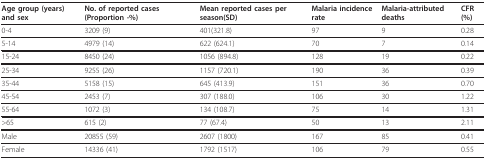
| Age group (years) and sex | No. of reported cases (Proportion -%) | Mean reported cases per season(SD) | Malaria incidence rate | Malaria-attributed deaths | CFR (%) |
 | --- | --- | --- | --- | --- | --- |
 | 0-4 | 3209 (9) | 401(321.8) | 97 | 9 | 0.28 |
 | 5-14 | 4979 (14) | 622 (624.1) | 70 | 7 | 0.14 |
 | 15-24 | 8450 (24) | 1056 (894.8) | 128 | 19 | 0.22 |
 | 25-34 | 9255 (26) | 1157 (720.1) | 190 | 36 | 0.39 |
 | 35-44 | 5158 (15) | 645 (413.9) | 151 | 36 | 0.70 |
 | 45-54 | 2453 (7) | 307 (188.0) | 106 | 30 | 1.22 |
 | 55-64 | 1072 (3) | 134 (108.7) | 75 | 14 | 1.31 |
 | >65 | 615 (2) | 77 (67.4) | 50 | 13 | 2.11 |
 | Male | 20855 (59) | 2607 (1800) | 167 | 85 | 0.41 |
 | Female | 14336 (41) | 1792 (1517) | 106 | 79 | 0.55 |